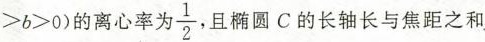
> b > 0 )$$的离心率为 \frac{1}{2} 且椭圆C的长轴长与焦距之和